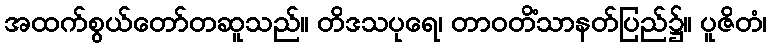
အထက်စွယ်တော်တဆူသည်။ တိဒသပုရေ၊ တာဝတိံသာနတ်ပြည်၌။ ပူဇိတံ၊